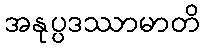
အနုပ္ပဒဿာမာတိ